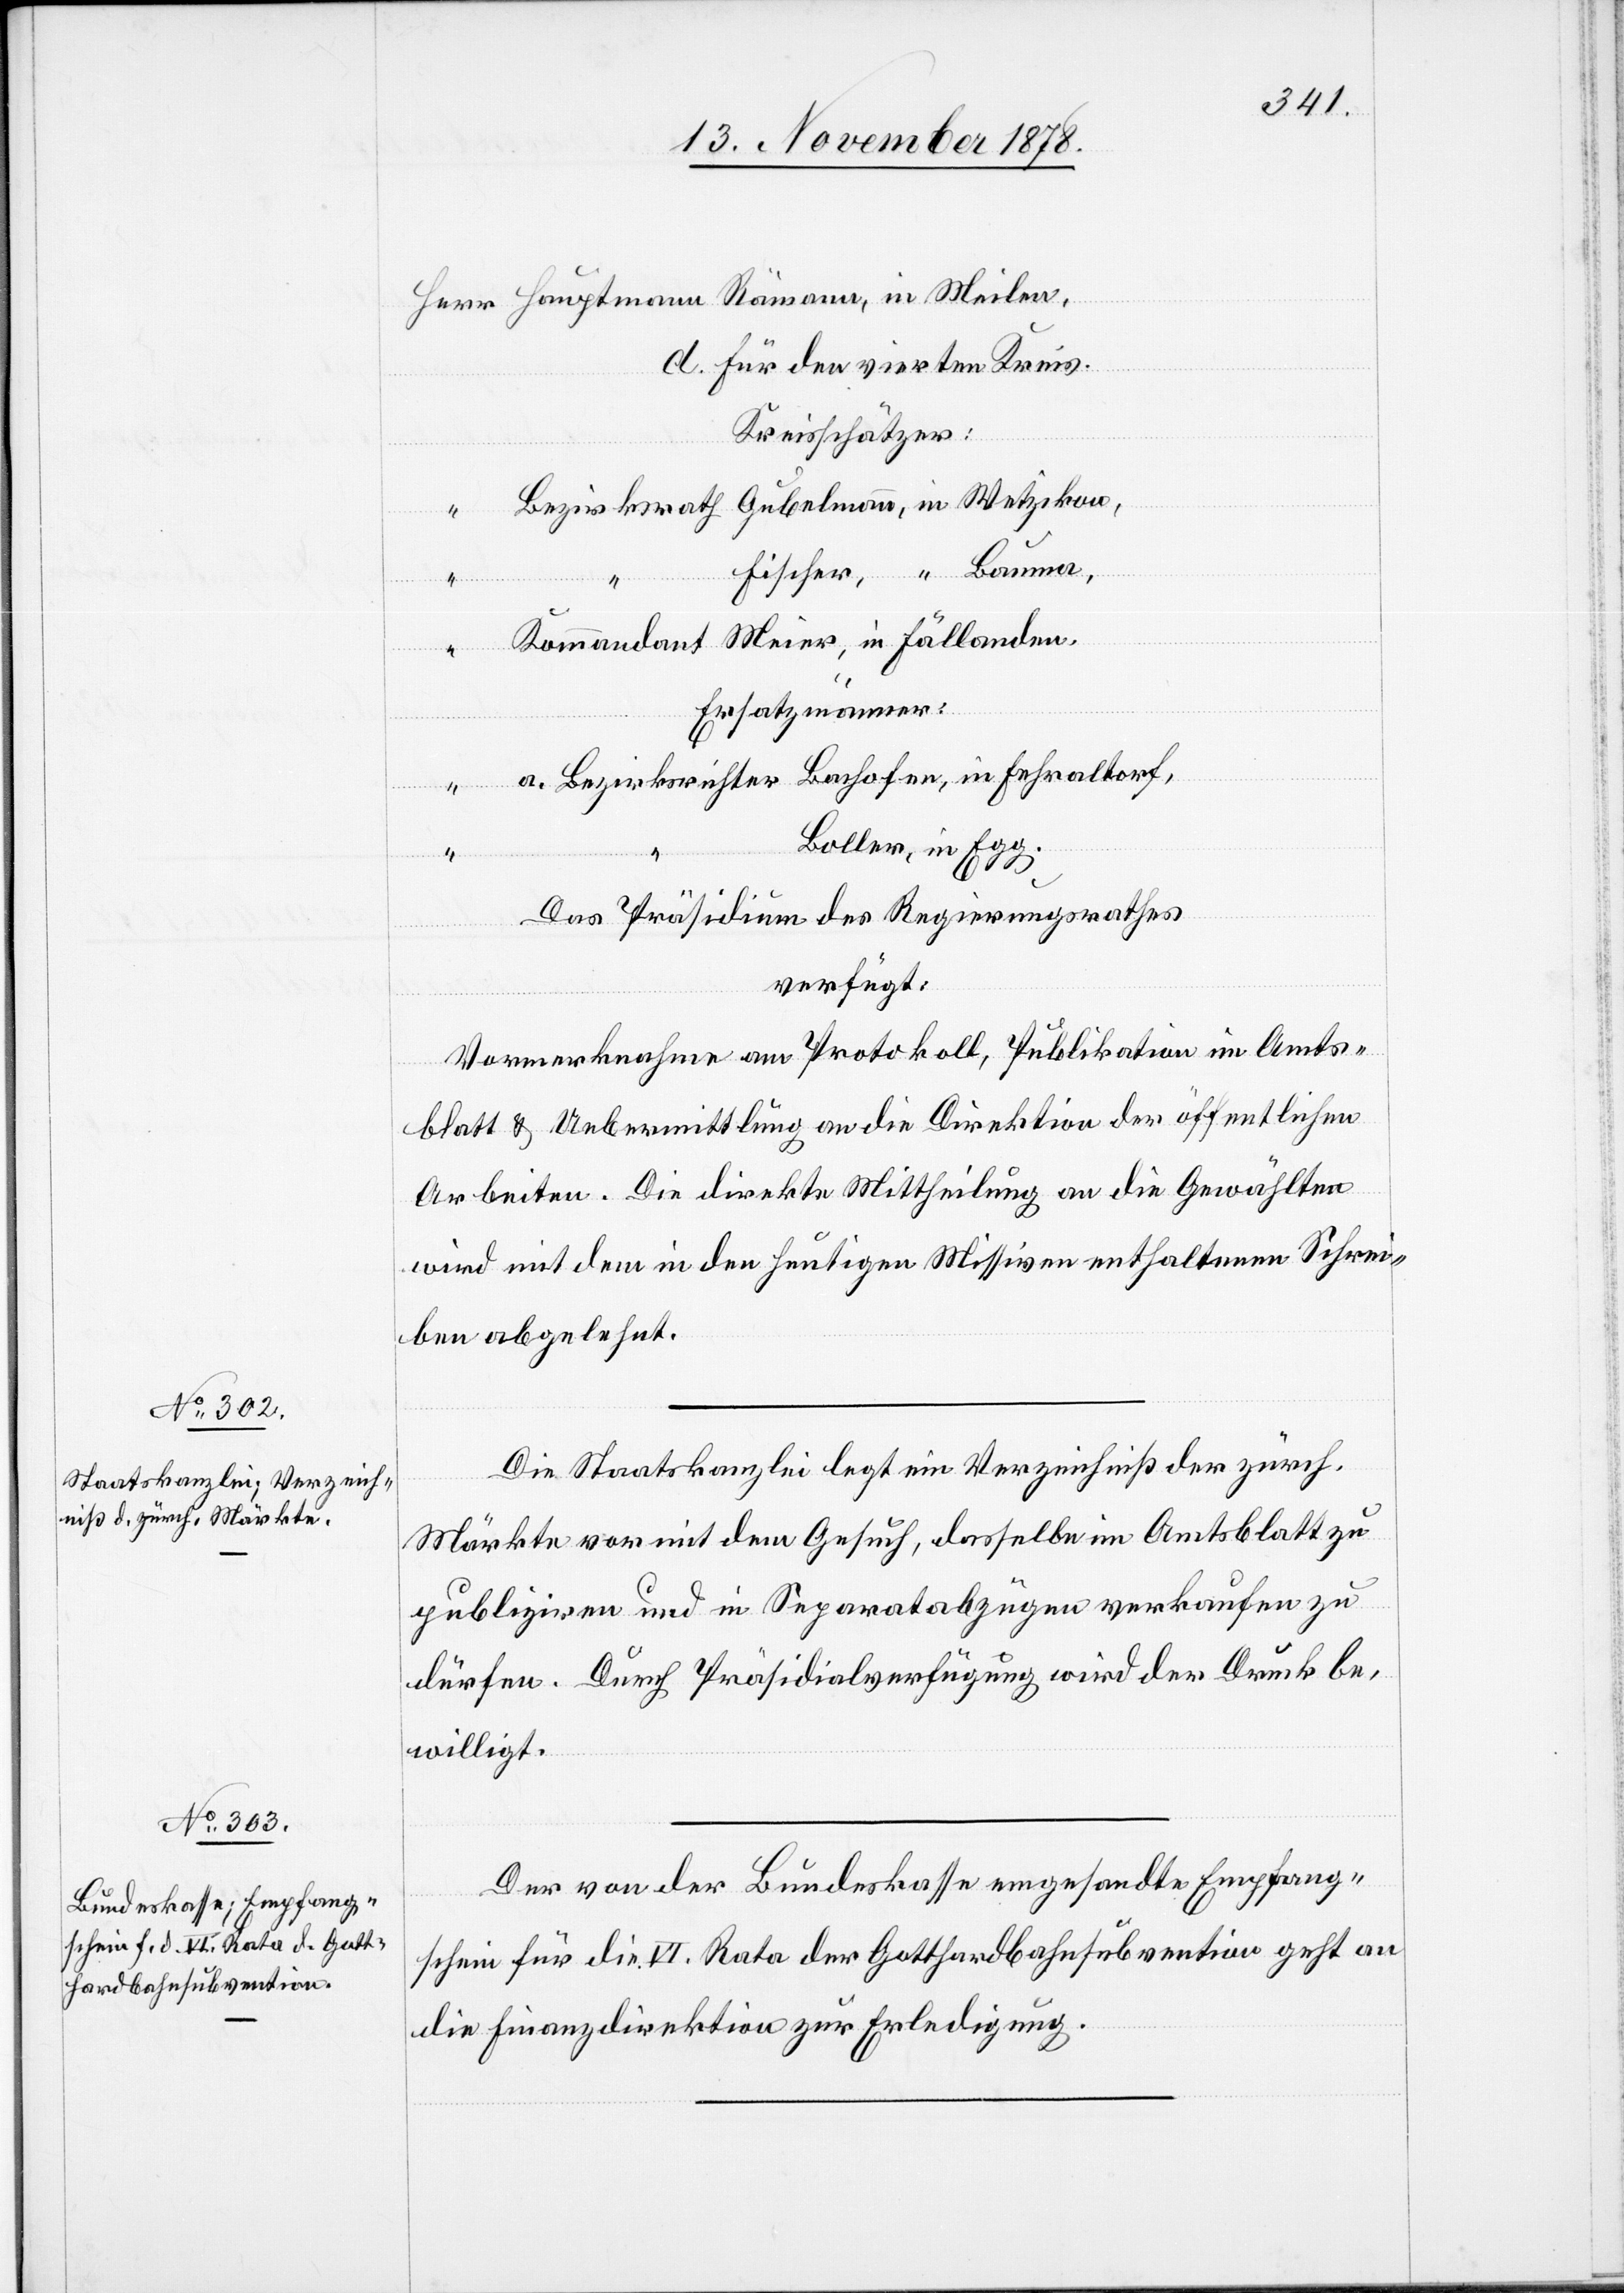
13. November 1878.]
Herr Hauptmann Rämann, in Meilen,
d. für den vierten Kreis.
Kreisschätzer:
Bezirksrath Gubelmann, in Wetzikon,
[Her¬
“ Bauma,
Fischer,
“ Kommandant Meier, in Fällanden.
Ersatzmänner:
r] a. Bezirksrichter Bachofen, in Fehraltorf,
Boller, in Egg.
Das Präsidium des Regierungsrathes
verfügt:
Vormerknahme am Protokoll, Publikation im Amts¬
blatt & Uebermittlung an die Direktion der öffentlichen
Arbeiten. Die direkte Mittheilung an die Gewählten
wird mit dem in den heutigen Missiven enthaltenen Schrei¬
ben abgelehnt.
Die Staatskanzlei legt ein Verzeichniß der zürch.
Märkte vor mit dem Gesuch, dasselbe im Amtsblatt zu
publiziren und in Separatabzügen verkaufen zu
dürfen. Durch Präsidialverfügung wird der Druck be¬
willigt.
Der von der Bundeskasse eingesandte Empfang¬
schein für die VI. Rata der Gotthardbahnsubvention geht an
die Finanzdirektion zur Erledigung.